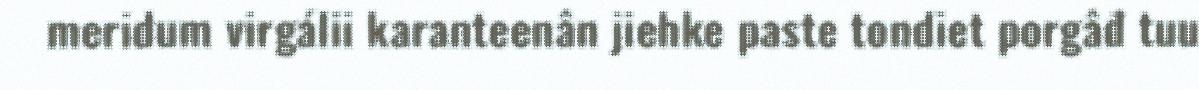
meridum virgálii karanteenân jiehke paste tondiet porgâđ tuu